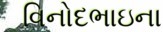
વિનોદભાઇના